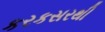
કરકસરથી